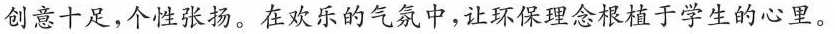
创意十足，个性张扬。在欢乐的气氯中，让环保观念根植于学生的心里。